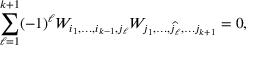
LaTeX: \sum _ { \ell = 1 } ^ { k + 1 } ( - 1 ) ^ { \ell } W _ { i _ { 1 } , \dots , i _ { k - 1 } , j _ { \ell } } W _ { j _ { 1 } , \dots , { \widehat { j _ { \ell } } } , \dots j _ { k + 1 } } = 0 ,